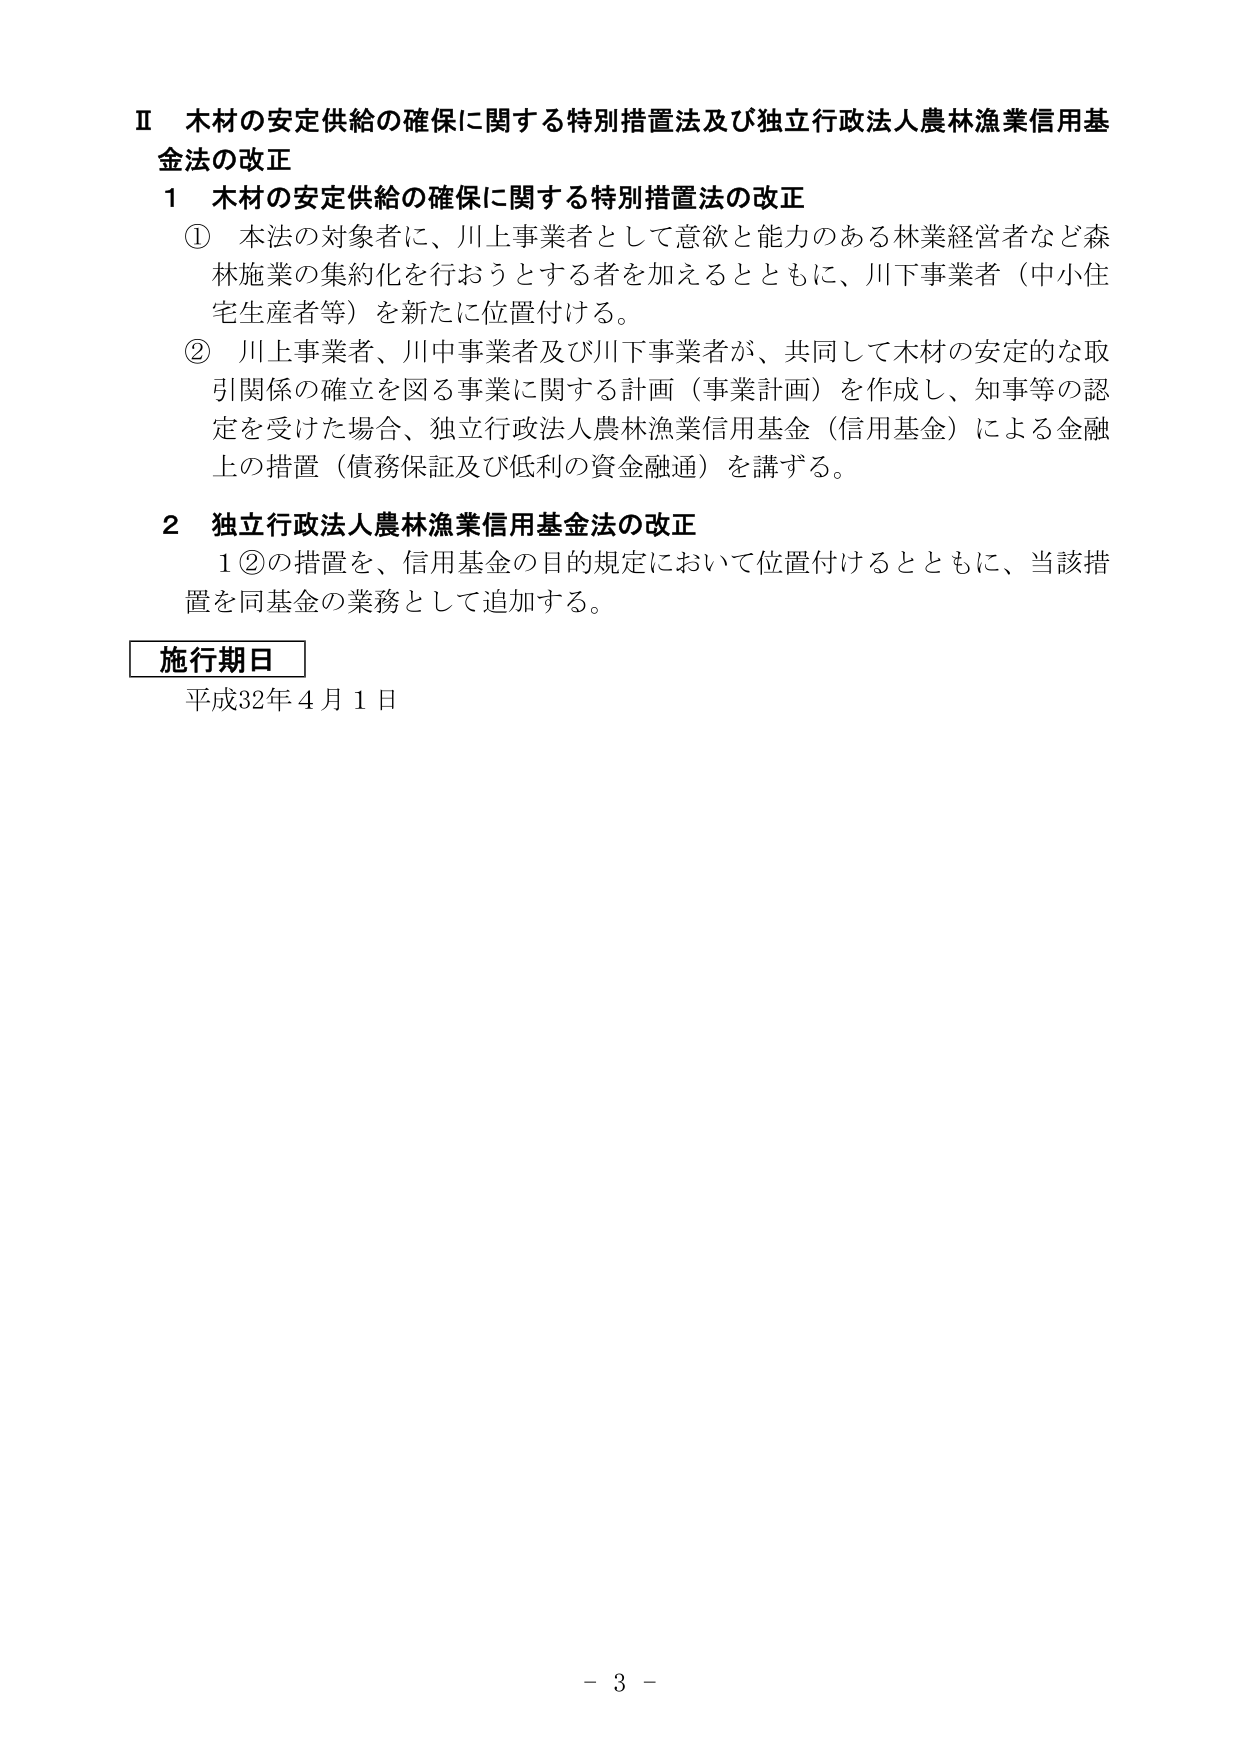
Ⅱ 木材の安定供給の確保に関する特別措置法及び独立行政法人農林漁業信用基金法の改正
1 木材の安定供給の確保に関する特別措置法の改正
① 本法の対象者に、川上事業者として意欲と能力のある林業経営者など森林施業の集約化を行おうとする者を加えるとともに、川下事業者（中小住宅生産者等）を新たに位置付ける。
② 川上事業者、川中事業者及び川下事業者が、共同して木材の安定的な取引関係の確立を図る事業に関する計画（事業計画）を作成し、知事等の認定を受けた場合、独立行政法人農林漁業信用基金（信用基金）による金融上の措置（債務保証及び低利の資金融通）を講ずる。
2 独立行政法人農林漁業信用基金法の改正
1②の措置を、信用基金の目的規定において位置付けるとともに、当該措置を同基金の業務として追加する。
施行期日
平成32年4月1日
- 3 -